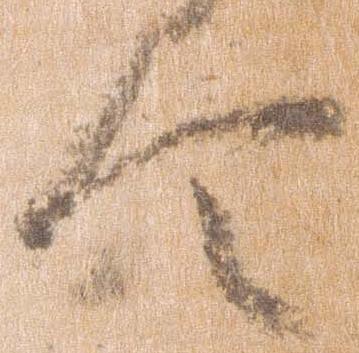
令